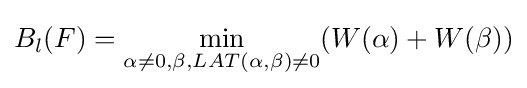
B_{l}(F)={\underset {\alpha \neq 0,\beta ,LAT(\alpha ,\beta )\neq 0}{\min }}(W(\alpha )+W(\beta ))